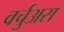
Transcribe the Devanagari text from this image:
वर्चुअस